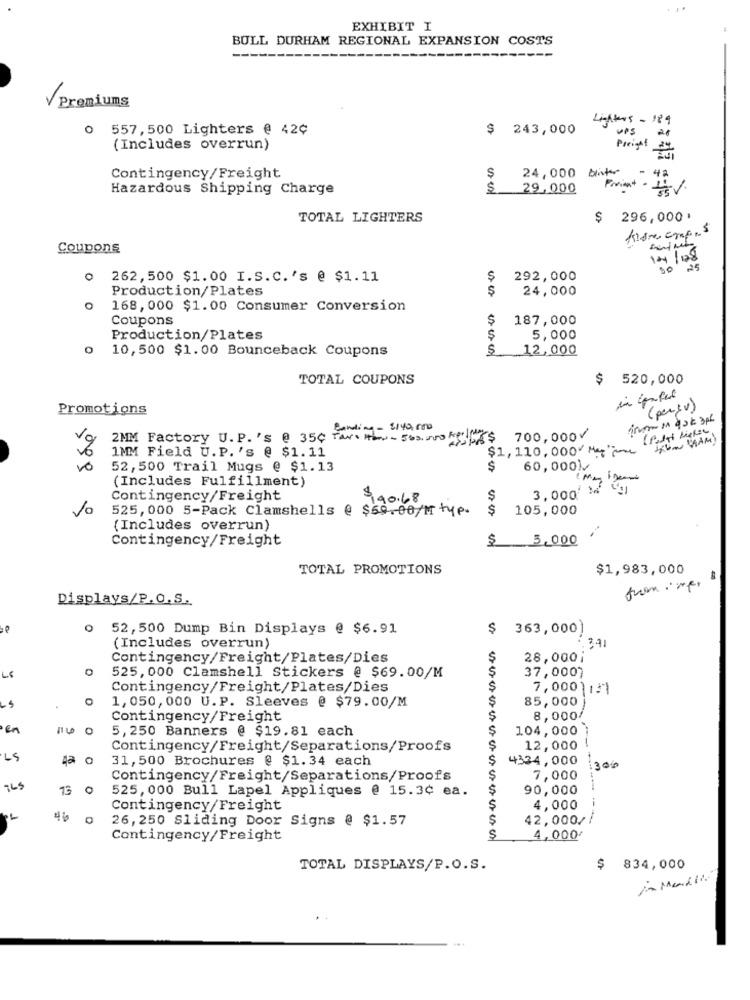
EXHIBIT I
BULL DURHAM REGIONAL EXPANSION COSTS
---
V Premiums
Lighters-189
0 557,500 Lighters @ 42¢
$ 243,000
ups
(Includes overrun)
Preight
24,000 Blir
Contingency/Freight
$
42
Hazardous Shipping Charge
$
29,000
Print- 14.V.
TOTAL LIGHTERS
$ 296,000 '
Aldre compris
Coupons
1041/128
262, 500 $1.00 I.S.C.'s @ $1.11
$
292,000
Production/Plates
$
24,000
168, 000 $1.00 Consumer Conversion
Coupons
$
187,000
Production/Plates
$
5,000
10, 500 $1.00 Bounceback Coupons
12,000
TOTAL COUPONS
$
520,000
Promotions
(per (v)
inom qak 3pl
Sending- 2140,000
2MM Factory U. P. 's @ 35℃ Taxe How- 563. 000 kg
ASEK$ 700,000V
V6
1MM Field U.P. 's @ $1.11
$1, 110, 000 ML
52, 500 Trail Mugs @ $1.13
$
60,0001
(Includes Fulfillment)
Contingency/Freight
$140.68
3,000
Vo
525,000 5-Pack Clamshells @ $69.00/M typ.
$
105,000
(Includes overrun)
Contingency/Freight
3,000
TOTAL PROMOTIONS
$1,983,000
Displays/P.O.S.
o 52,500 Dump Bin Displays @ $6.91
$ 363,000)
341
(Includes overrun)
Contingency/Freight/Plates/Dies
$
28,0001
5
37,0007
525, 000 Clamshell Stickers @ $69.00/M
Contingency/Freight/Plates/Dies
7,000 131
$
85,000)
1,050, 000 U.P. Sleeves @ $79.00/M
Contingency/Freight
8,000/
en
5,250 Banners @ $19.81 each
$
104,000
Contingency/Freight/Separations/Proofs
S
12,000
LS
31, 500 Brochures @ $1.34 each
$
4334,000
300
Contingency/Freight/Separations/Proofs
$
7,000
15
525, 000 Bull Lapel Appliques @ 15.3¢ ea.
90,000
Contingency/Freight
4,000
------
26,250 Sliding Door Signs @ $1.57
5
42,000/
Contingency/Freight
S
4,000
TOTAL DISPLAYS/P.O.S.
834,000